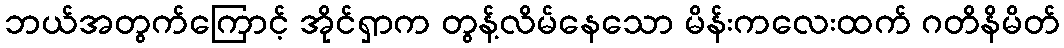
ဘယ်အတွက်ကြောင့် အိုင်ရှာက တွန့်လိမ်နေသော မိန်းကလေးထက် ဂတိနိမိတ်